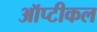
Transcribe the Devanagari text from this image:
ऑप्टीकल